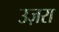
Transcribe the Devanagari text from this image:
उज़रा